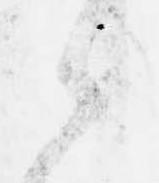
々